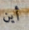
أين